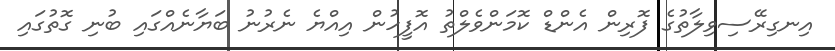
އިނގިރޭސިވިލާތުގެ ފޮރިން އެންޑް ކޮމަންވެލްތު އޮފީހުން އިއްޔެ ނެރުނު ބަޔާނެއްގައި ބުނި ގޮތުގައި